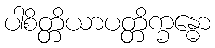
ပါစိတ္တိယာပတ္တိက္ခန္ဓော